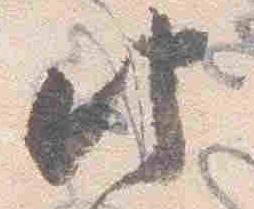
時